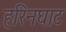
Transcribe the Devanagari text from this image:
हरिनघाट